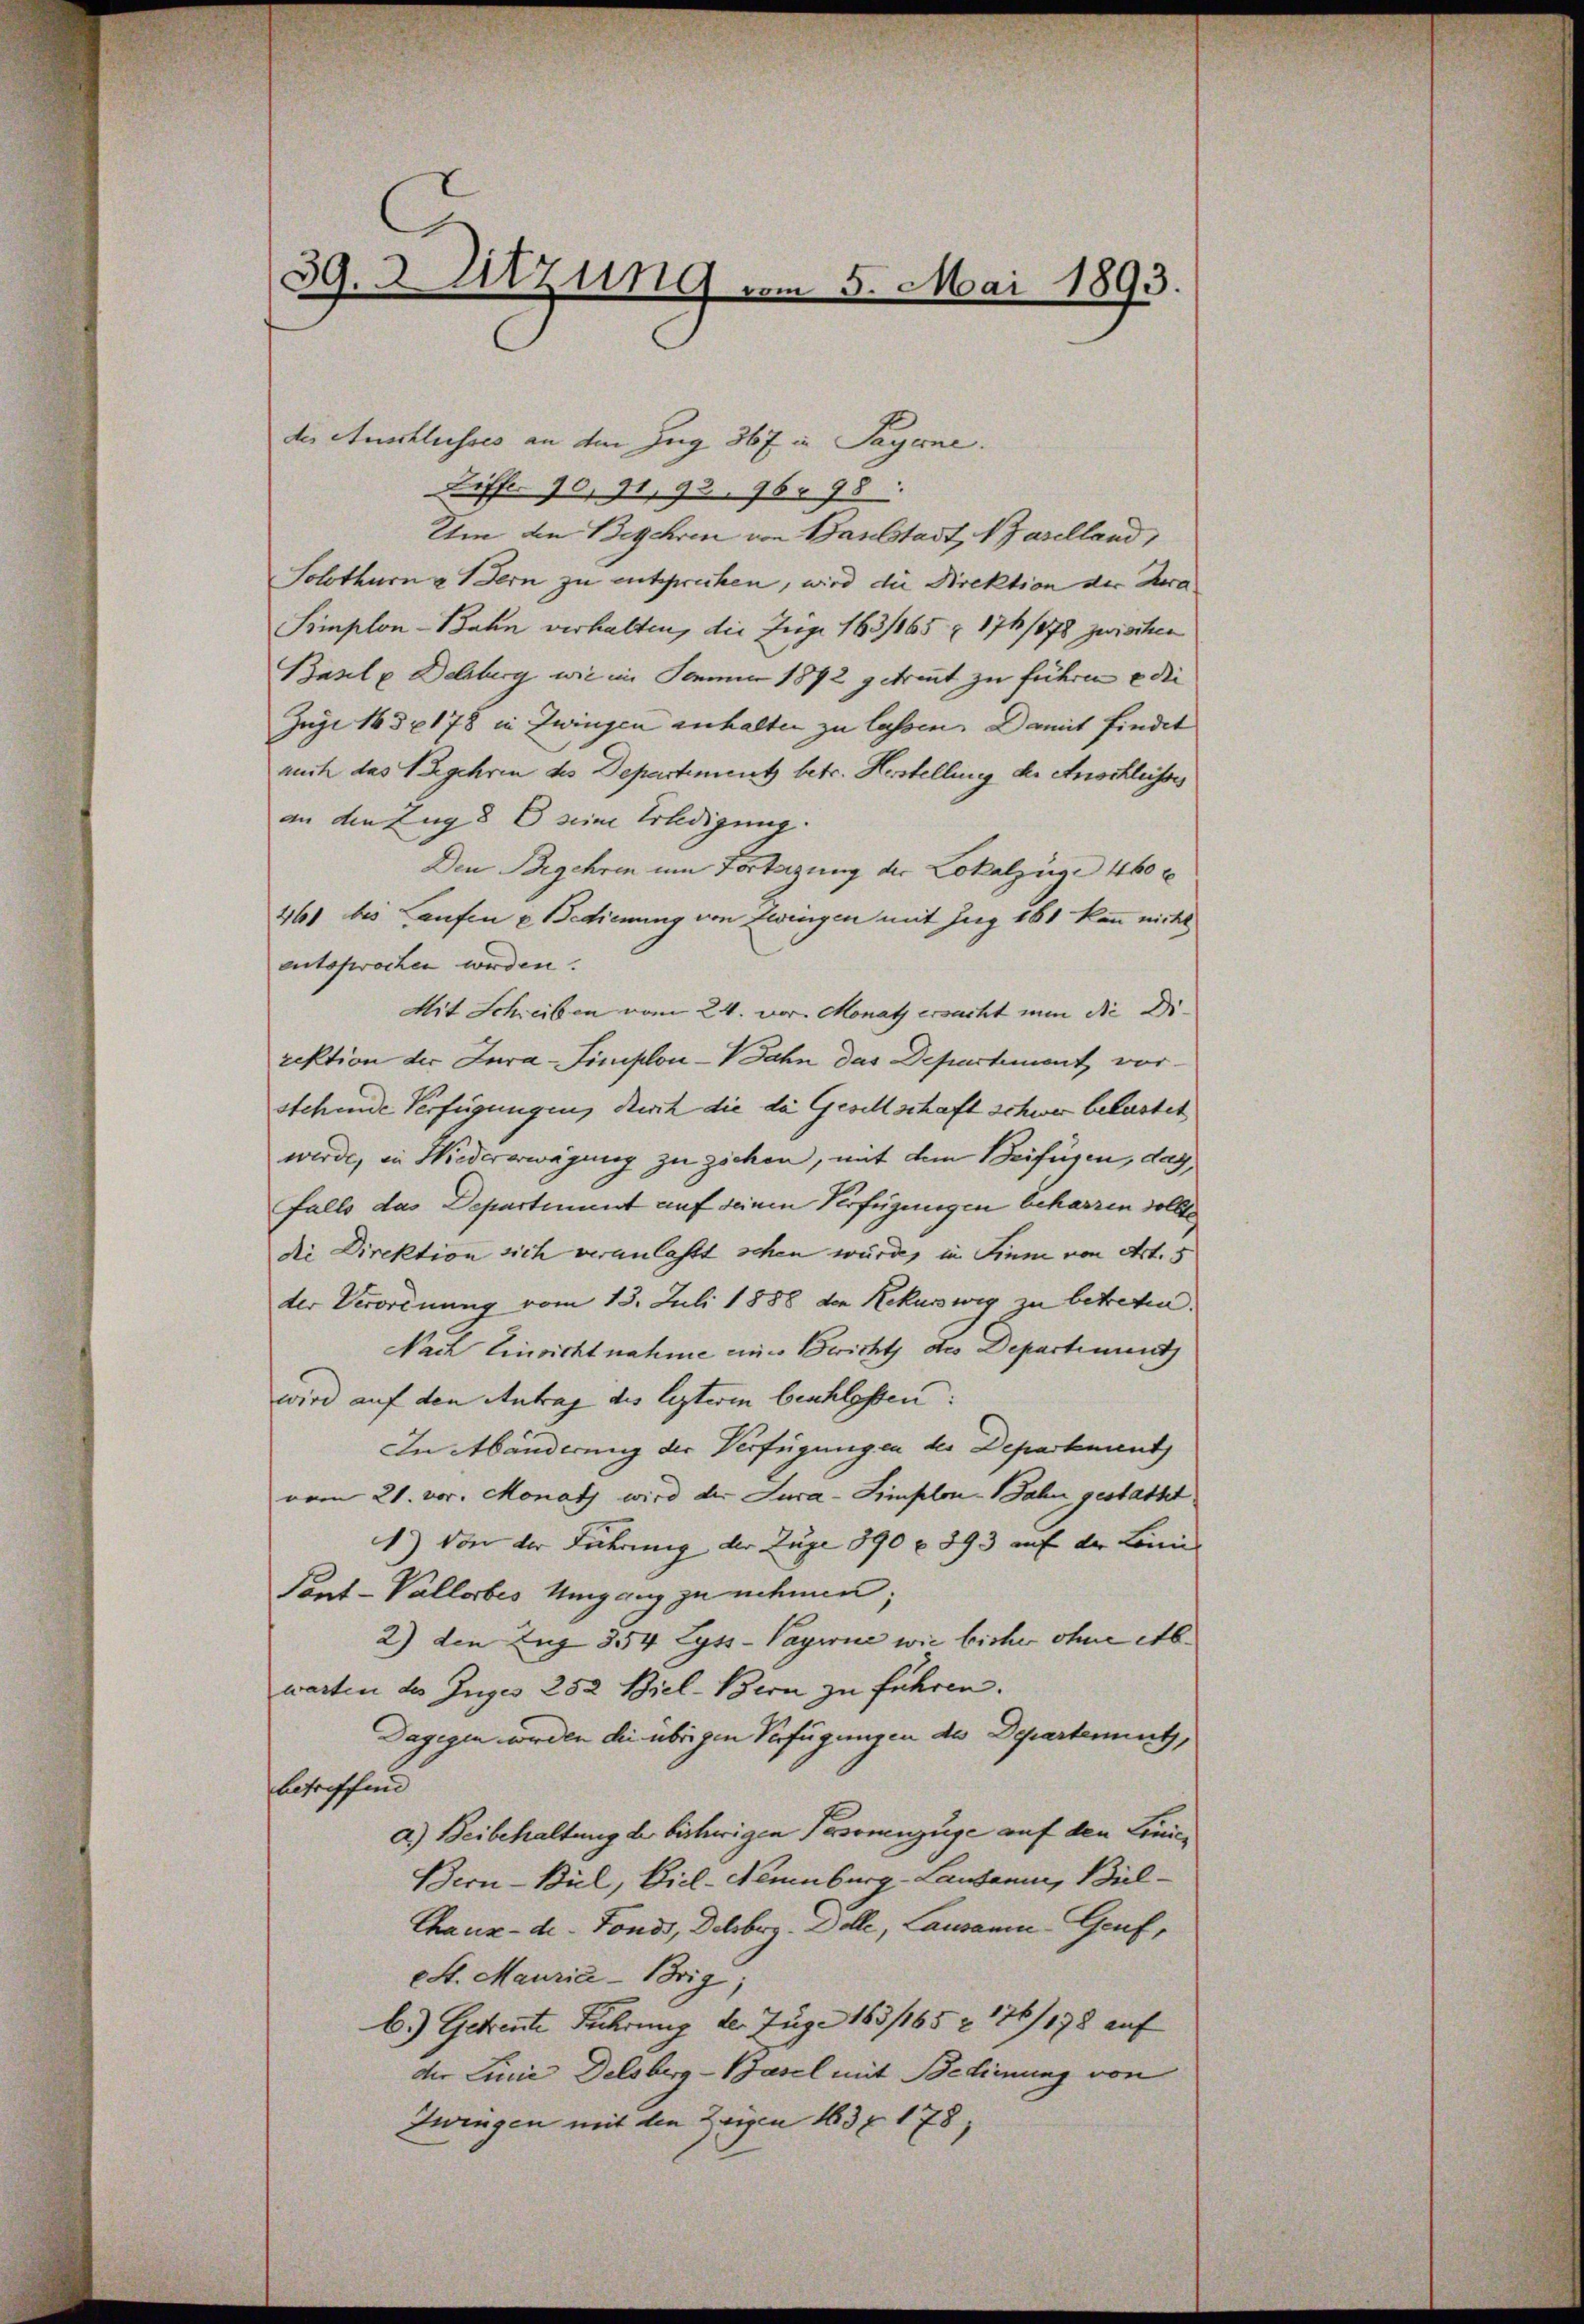
39.3 Sitzung vom 5. Mai 1893.

der Anschlusses an dem Zug 367 in Payerne.
Ziff. 90, 91, 92, 96. 98:
Um den Begehren von Baselstadt, 1 Zaselland,
Solothur & Bern zu entsprechen, wird die Direktion der Kra
Simplon-Bahn verhalten, die Juge 183/165 n 174/878 zwischen
Barl u Delsberg wie im Jammer 1872 getrennt zu führen, e die
Juge 165 n 178 in Zwingen anhalten zu lassen. Damit findet
auch das Begehren des Departement betr. Herstellung der Anschleisses
an den Zug 8 E seine Erledigung.
Den Begehren um Fortagung der Lokalzüge 460 x
461 bis Laufen u. Bedienung von Zwingen mit Zug 181 kann nicht
entshwochen werden.
Mit Schreiben vom 24. vor. Monath ersacht nun die Direktion der Jura-Simplon-Vahn das Departement, vorstehende Verfügungen, durch die die Gesellschaft schwer belastet
werde, in Wiedererwägung zu ziehen, mit dem Beifügen, das
falls das Departiment auf seinen Verfügungen beharzen sollte
die Direktion sich veranlaßt sehen würde, in Sinne von Art. 5
der Verordnung vom 13. Juli 1888 den Rekusweg zu betreten.
Nach Einsicht nahme eines Bericht des Departiment
wird auf den Antrag des lezteren beschlossen:
In Abänderung der Verfügungen der Departement
vom 21. vor. Monath wird der Jura-Simplon 1 Jahn gestattet.
1) Von der Führung der Zuge 890 f. 893 auf der Linie |
Pant-Vallorbes Umgang zu nehmen;
2) den Zug 354 Lyss-Vayerne wie bisher ohne etb.
warten des Juges 252 Biel-Bern zu führen.
Dagegen werden die übrigen Verfügungen des Departement,
betreffend
a.) Beibehaltung der bisherigen Personenzüge auf den Linici
Bern-Bil, Viel-Neuenburg-Lausanne, Biel¬
Chaux-de-Fonds, Delsberg- Dolle, Lausanen-Genf,
eSt. Mauria-Brig
C.) Getreute Führung der Juge 183/165 & 136/178 auf
der Linie Delsberg-Basel mit Bedienung von
Zwingen mit den Zeigen 163 f. 178,